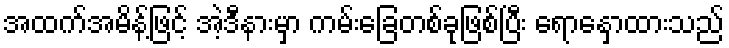
အထက်အမိန့်ဖြင့် အဲ့ဒီနားမှာ ကမ်းခြေတစ်ခုဖြစ်ပြီး ရောနှောထားသည်